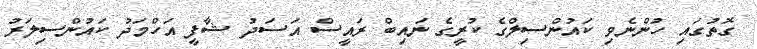
ގޮތުގައި ހުންނެވި ކައުންސިލްގެ ކުރީގެ ނައިބް ރައީސް އަސަދު ޝާފީ އަހްމަދު ކައުންސިލަރު